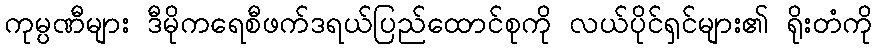
ကုမ္ပဏီများ ဒီမိုကရေစီဖက်ဒရယ်ပြည်ထောင်စုကို လယ်ပိုင်ရှင်များ၏ ရိုးတံကို